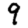
Digit: 9